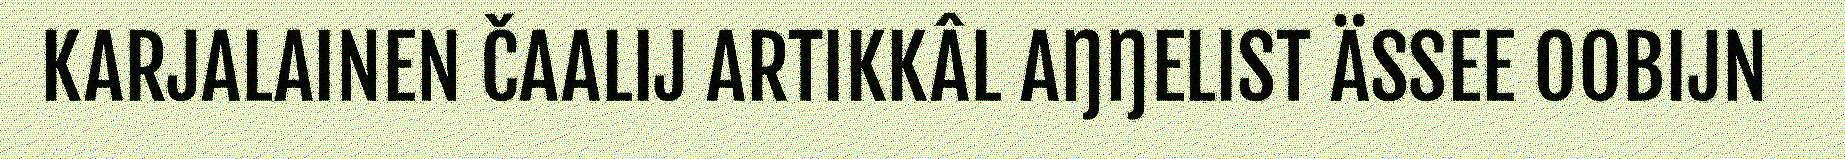
KARJALAINEN ČAALIJ ARTIKKÂL AŊŊELIST ÄSSEE OOBIJN